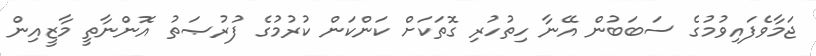
ޖަމާވެފައިވުމުގެ ސަބަބުން އޭނާ ހިތުހުރި ގޮތަކަށް ކަންކަން ކުރުމުގެ ފުރުޞަތު އޮންނާތީ މާޒީއިން